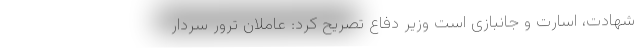
شهادت، اسارت و جانبازی است وزیر دفاع تصریح کرد: عاملان ترور سردار